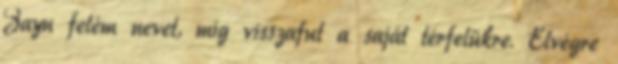
Zayn felém nevet, míg visszafut a saját térfelükre. Elvégre